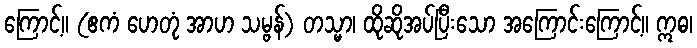
ကြောင့်။ (ဧကံ ဟေတုံ အာဟ သမ္ဗန်) တသ္မာ၊ ထိုဆိုအပ်ပြီးသော အကြောင်းကြောင့်။ ဣဓ၊